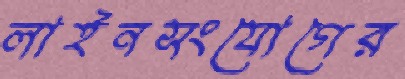
লাইনসংযোগের